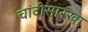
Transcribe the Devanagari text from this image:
चांदीसारखा